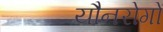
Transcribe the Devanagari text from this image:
यौनरोगों